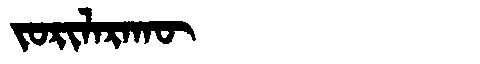
Manchu: ᠵᠣᡵᡳᠯᠠᡵᠠᡴᡡ
Romanization: JORILARAKŪ